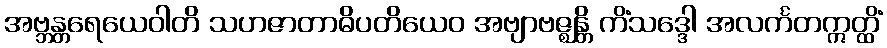
အဗ္ဘန္တရေယေဝါတိ သဟဇာတာဓိပတိယေဝ အဗျာဗဇ္ဈန္တိ ကိံသဒ္ဒေါ အလင်္ကတဣတ္ထိံ